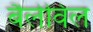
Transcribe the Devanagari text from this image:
बैलेविल